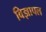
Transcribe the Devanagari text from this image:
विज्ञापल